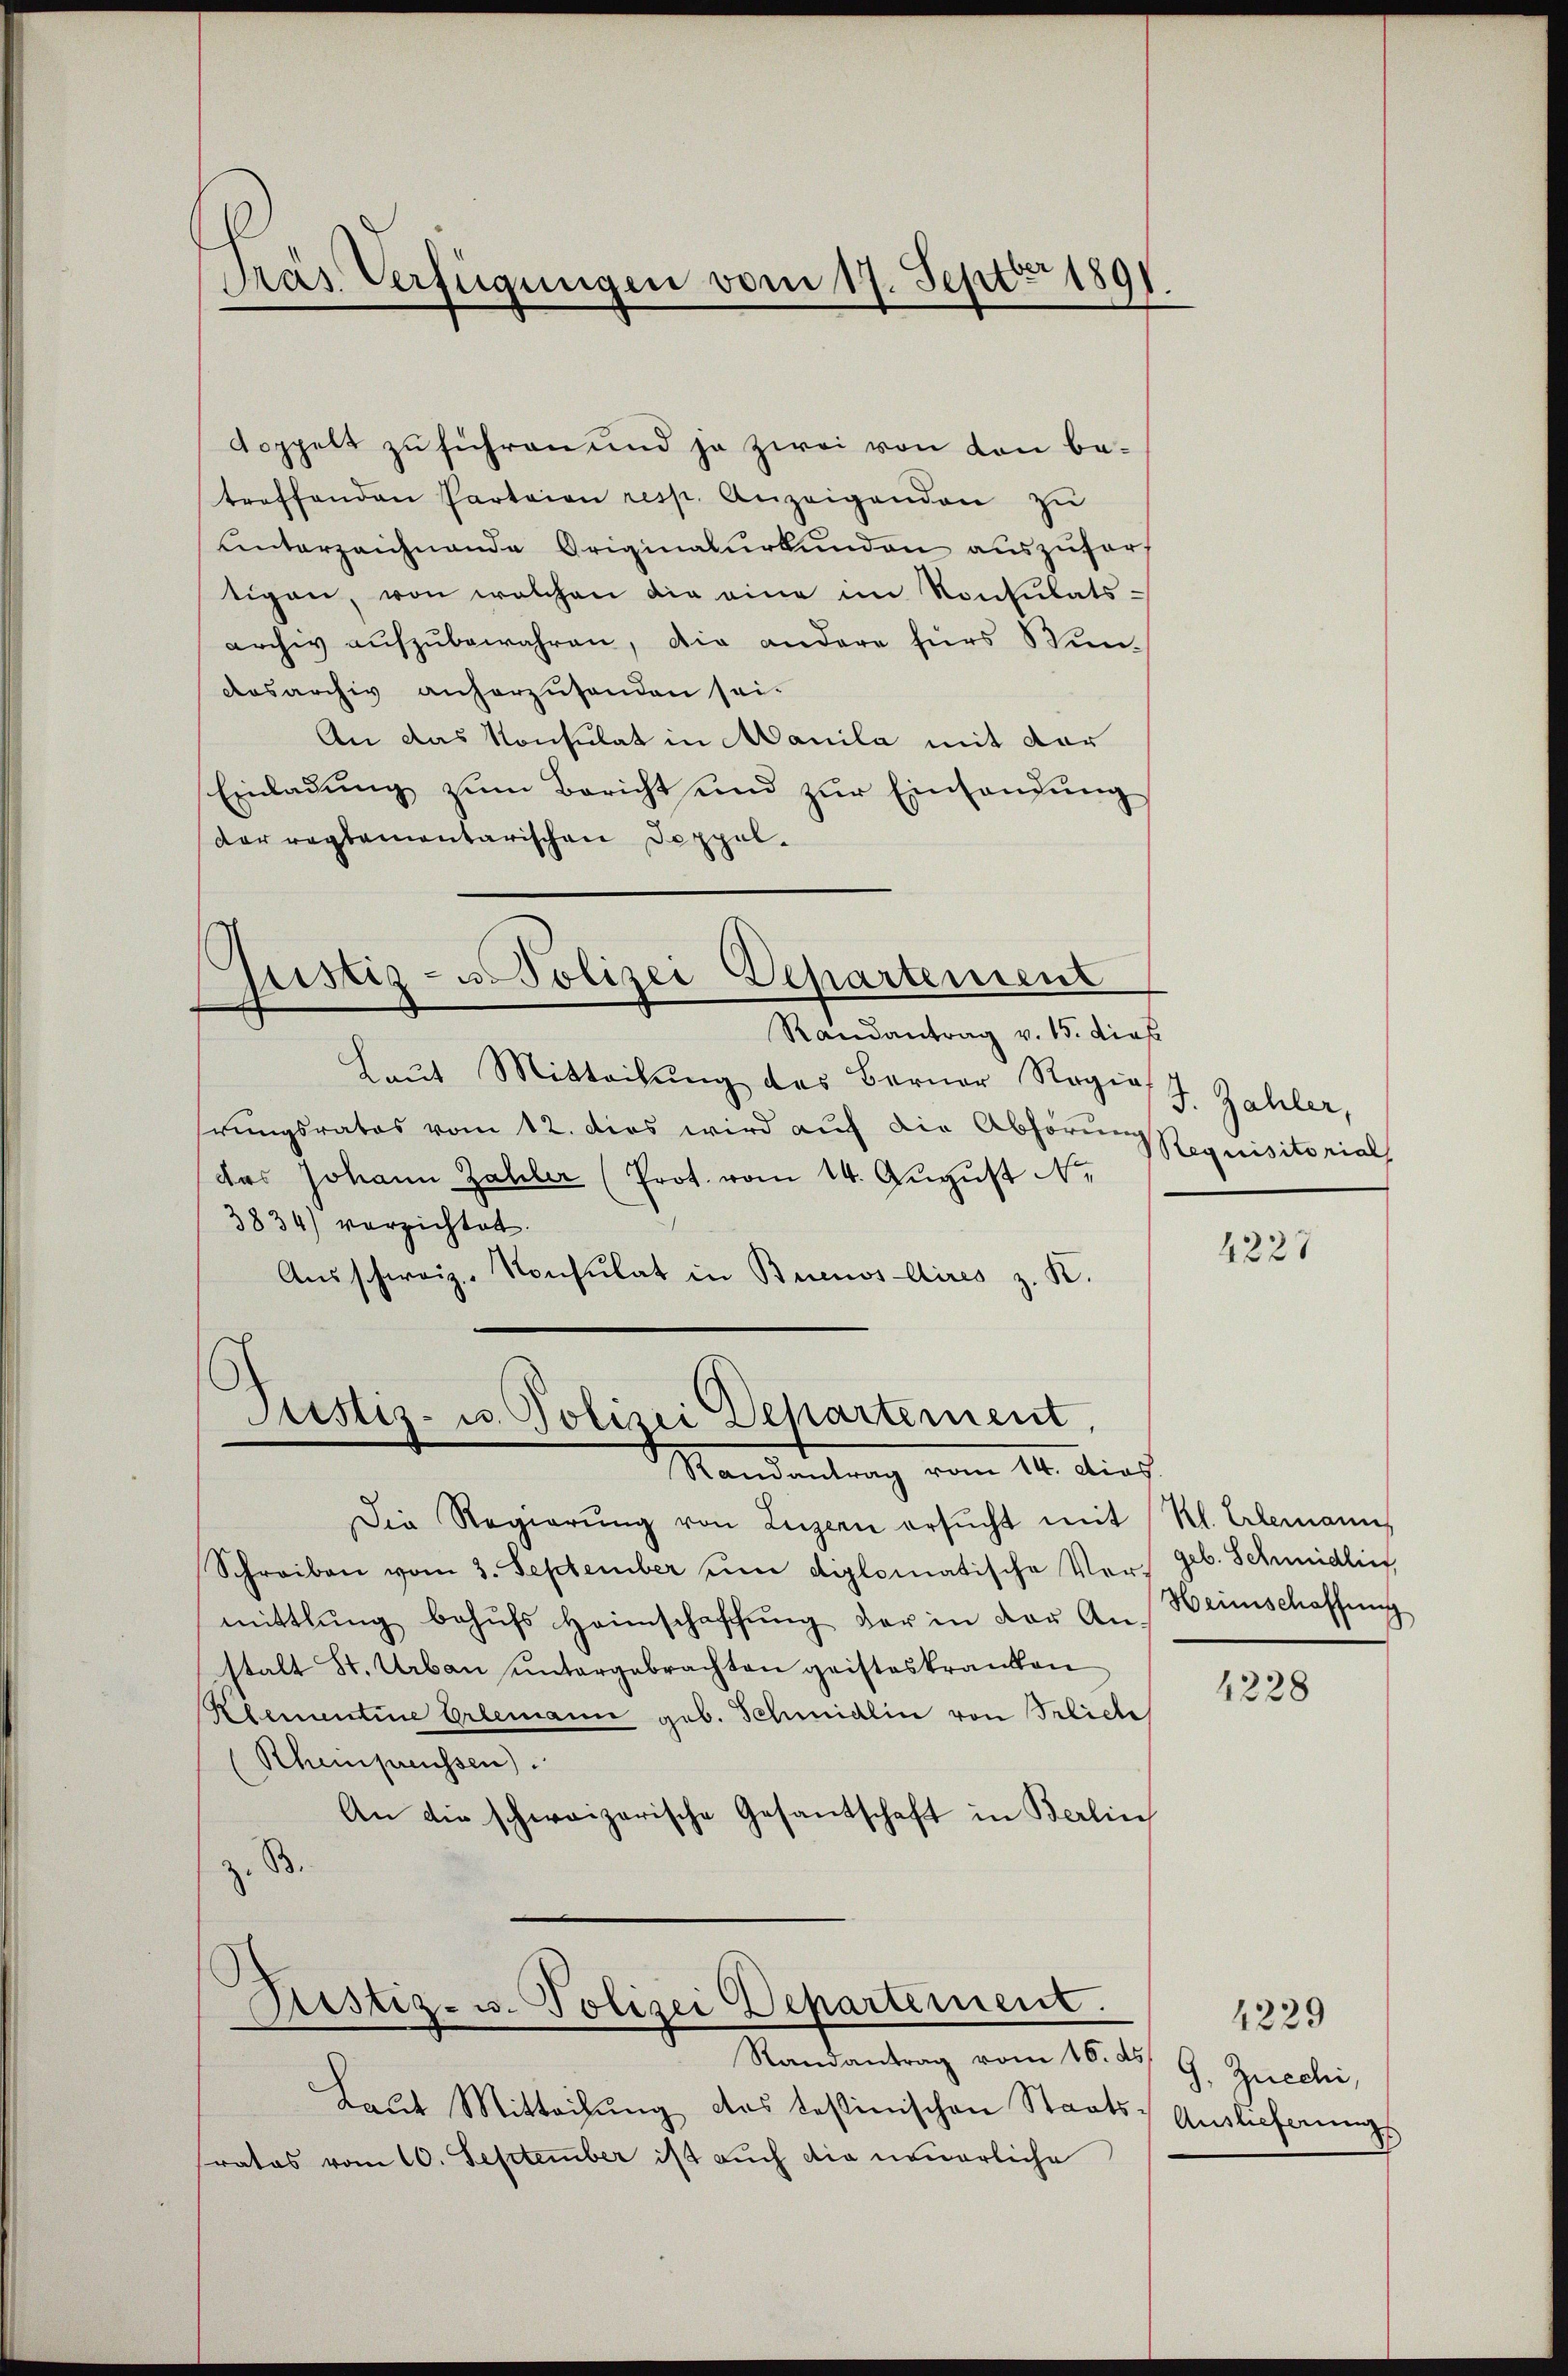
Pras Verfügungen vom 17. Sept 1891

doppelt zu führen und ja zwei von den be-
treffenden Parteien resp. Anzeigenden zu
unterzeichnende Originalurkunden auszufert
tigen, von welchen die eine im Konsulatsarchiv aufzubewahren, die andere fürs Bun-
Aosarchiv anherzusenden sei-
An das Konsulat in Manila mit der
Einladung zum Bericht und zŭr Einhandung
Der reglementarischen Doppel¬
.
pistiz- u Polizei Departement
Randantrag v. 15. dies
Laut Mitteilung des Berner Regies J. Zahler,
hrungsrates vom 12. dies wird auf die Abhörung Requisitorial
das Johann Zahler (Prot. vom 14. August N.
3834) verzichtet.
Aŭsschweiz. Konsulat in Buenos Aires z. K.

.
Justiz- u. Polizei Departement,
Randantrag vom 14. dies

Die Regierŭng von Luzern ersŭcht mit Kl. Erlemann,
Schreiben vom 3. September um diplomatische Vers geb. Schmidliet,
mittlung behŭfs Heimschaffŭng der in der An-
stalt St. Urbau untergebrachten geisteskranken
Klementine Erlemann geb. Schmidlin von Frliche
Rheinpreussen).
An die schweizerische Gesantschaft in Berlin
z. B.
Justiz- u. Polizei Departement.
Randantrag vom 16. ds G. Zucchi,
Laut Mitteilung das testinischen Staats- Auslieferungs
ratos vom 10. September ist auch die neuerliche

4227

Heimschaffung

1228

4229